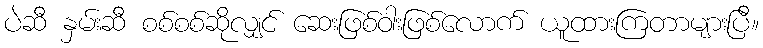
ပဲဆီ နှမ်းဆီ စစ်စစ်ဆိုလျှင် ဆေးဖြစ်ဝါးဖြစ်လောက် ယူထားကြတာများပြီ။